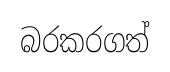
බරකරගත්